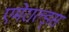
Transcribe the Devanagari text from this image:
एमेराल्ड्स